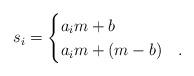
LaTeX: \begin{align*}s_i = \begin{cases} a_i m +b & {}\\a_im +(m-b) &{}.\end{cases}\end{align*}